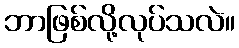
ဘာဖြစ်လို့လုပ်သလဲ။